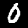
Label: 0